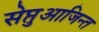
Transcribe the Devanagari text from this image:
सेप्तुआजिन्त